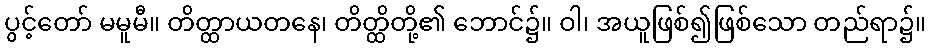
ပွင့်တော် မမူမီ။ တိတ္ထာယတနေ၊ တိတ္ထိတို့၏ ဘောင်၌။ ဝါ၊ အယူဖြစ်၍ဖြစ်သော တည်ရာ၌။